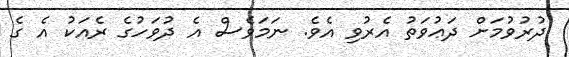
ދުރުވުމަށް ދަޢުވަތު އެރުވި އެވެ. ނަމަވެސް އެ ދުވަހުގެ ރެއަކު އެ ގެ